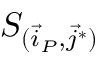
S _ { ( \vec { i } _ { P } , \vec { j } ^ { * } ) }